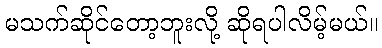
မသက်ဆိုင်တော့ဘူးလို့ ဆိုရပါလိမ့်မယ်။